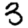
Digit: 3